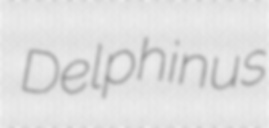
Delphinus